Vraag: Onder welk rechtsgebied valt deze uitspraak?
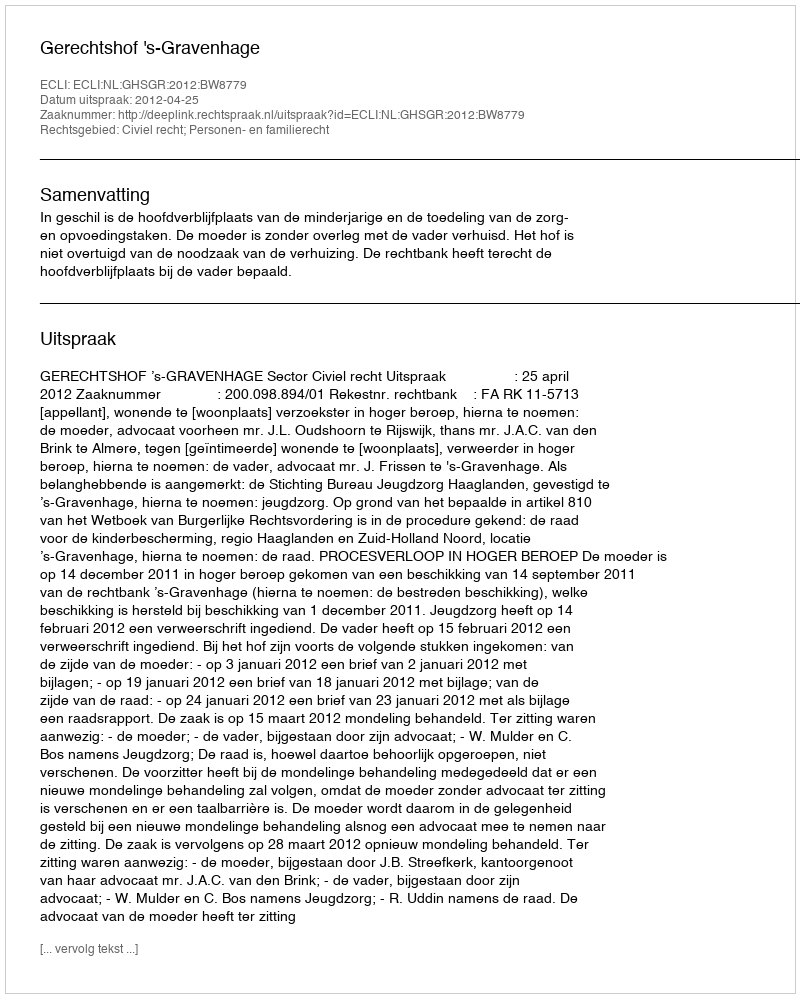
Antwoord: Civiel recht; Personen- en familierecht